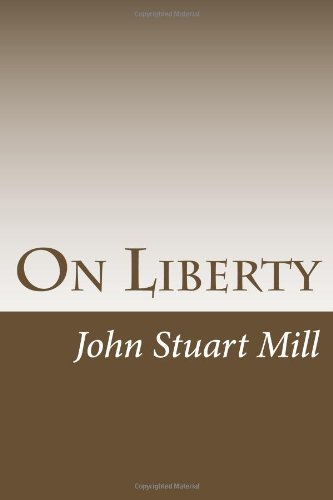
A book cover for On Liberty; John Stuart Mill; Crafts, Hobbies & Home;